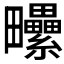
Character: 𤴈